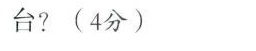
台?(4分)